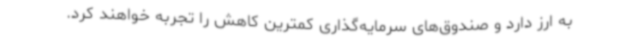
به ارز دارد و صندوق‌های سرمایه‌گذاری کمترین کاهش را تجربه خواهند کرد.